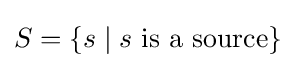
S=\{s\mid s{\text{ is a source}}\}